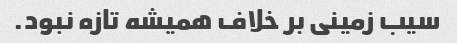
سیب زمینی بر خلاف همیشه تازه نبود.